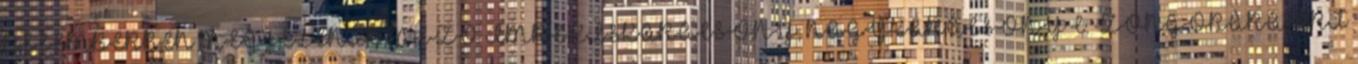
DECEMBERBEN MEGJELENIK MEZŐ IMRE KISKARÁCSONY, NAGYKARÁCSONY C. ZONGORÁRA ÍRT